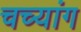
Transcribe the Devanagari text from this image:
चच्यांग